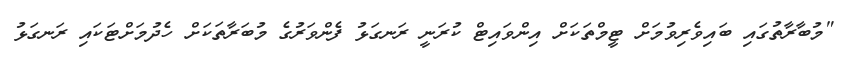
"މުބާރާތުގައި ބައިވެރިވުމަށް ޓީމްތަކަށް އިންވައިޓް ކުރަނީ ރަނގަޅު ފެންވަރުގެ މުބަރާތަކަށް ހެދުމަށްޓަކައި ރަނގަޅު